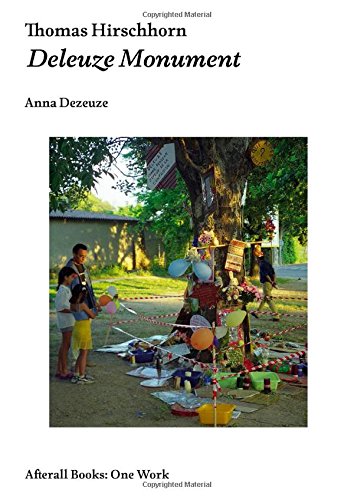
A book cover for Thomas Hirschhorn: Deleuze Monument (AFTERALL); Anna Dezeuze; Arts & Photography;